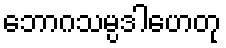
ဘောဂသမ္ပဒါဟေတု